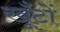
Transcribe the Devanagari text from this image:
खूँटों